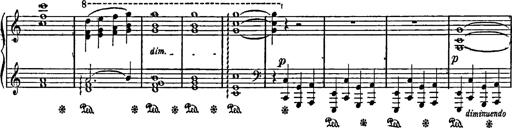
Title: Feierlicher Marsch zum heiligen Gral aus Parsifal
Composer: Franz Liszt